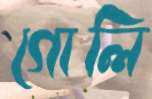
গোলি